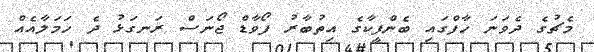
މެޗުގެ ދެވަނަ ހާފްގައި ބެންފީކާގެ އިތުބާރު ފޯވާޑް ޖޯނަސް ރަނގަޅު ދެ ހަމަލާއެއް